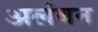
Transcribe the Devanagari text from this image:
अलंबन